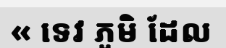
« ទេវ ភូមិ ដែល